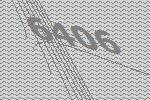
6406